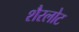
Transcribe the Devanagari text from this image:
शैरलोट